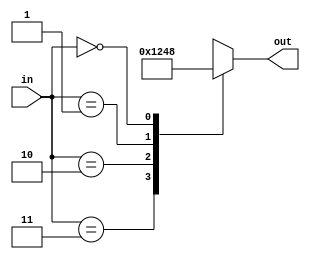
module dec2to4(in, out);

	//00 -- 0001
	//01 -- 0010
	//10 -- 0100
	//11 -- 1000

	input [1:0] in;
	output reg [3:0] out;
	
	always@(in)
		casex(in)
//			'b11: out=8;
//			'b10: out=4;
//			'b01: out=2;
//			'b00: out=1;
			
			'b11: out=1;
			'b10: out=2;
			'b01: out=4;
			'b00: out=8; // 
//			
			default: out=1;
		endcase
		
endmodule